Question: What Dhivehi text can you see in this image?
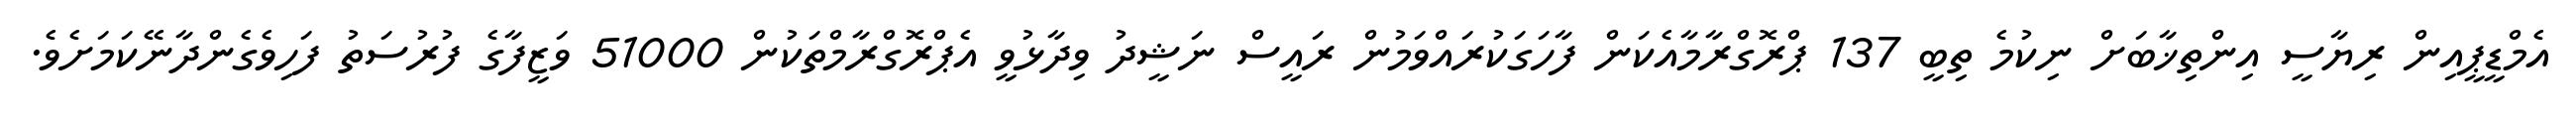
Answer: އެމްޑީޕީއިން ރިޔާސީ އިންތިޚާބަށް ނިކުމެ ތިބީ 137 ޕްރޮގްރާމާއެކަން ފާހަގަކުރައްވަމުން ރައީސް ނަޝީދު ވިދާޅުވީ އެޕްރޮގްރާމްތަކުން 51000 ވަޒީފާގެ ފުރުސަތު ފަހިވެގެންދާނޭކަމަށެވެ.